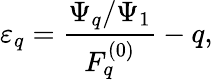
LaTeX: \varepsilon_{q}=\frac{\Psi_{q}/\Psi_{1}}{F_{q}^{(0)}}-q,